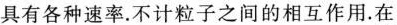
具有各种速率.不计粒子之间的相互作用.在